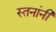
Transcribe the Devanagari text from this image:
स्तनांनी